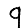
Digit: 9